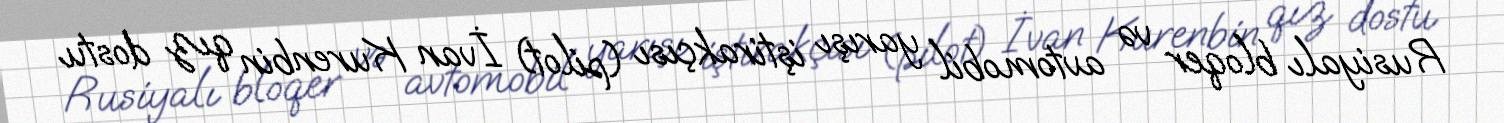
Rusiyalı bloqer və avtomobil yarışı iştirakçısı (pilot) İvan Kurenbin qız dostu